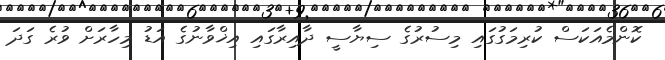
ކޮންމެއަކަސް ކުރިމަގުގައި މިސުރުގެ ސިޔާސީ ދާއިރާގައި އިޚްވާނުގެ އަޑު މިހާރަށް ވުރެ ގަދަ